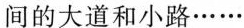
五、指出下列句子运用了什么修辞手法。